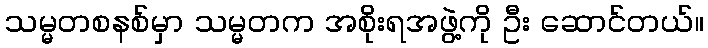
သမ္မတစနစ်မှာ သမ္မတက အစိုးရအဖွဲ့ကို ဦး ဆောင်တယ်။